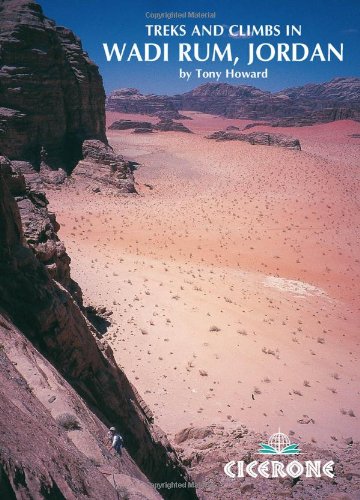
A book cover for Treks and Climbs in Wadi Rum, Jordan; Di Taylor; Sports & Outdoors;